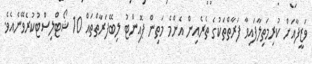
ވަޒީފާއަށް ކުރިމަތިލާފައިވާ ފަރާތްތަކުގެ ތެރެއިން އެންމެ މަތިން ޕޮއިންޓު ލިބޭފަރާތްތައް 10 ޝޯޓްލިސްޓުކުރެވޭނެއެވެ.